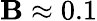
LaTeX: \mathbf{B}\approx0.1